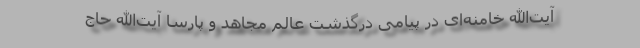
آیت‌الله خامنه‌ای در پیامی درگذشت عالم مجاهد و پارسا آیت‌الله حاج